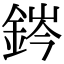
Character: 䤫